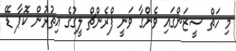
މި ހަތް ސީޒަންގައި ވެންގާ ވަނީ ފްރެންޗް ލީގުގެ އިތުރުން ކޮޕާ ޑޭ